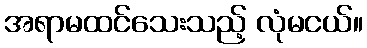
အရာမထင်သေးသည့် လုံမငယ်။